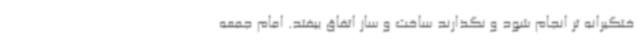
ختگیرانه تر انجام شود و نگذارند ساخت و ساز اتفاق بیفتد. امام جمعه